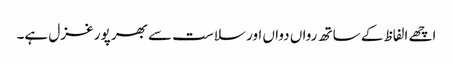
اچھے الفاظ کے ساتھ رواں دواں اور سلاست سے بھر پور غزل ہے۔